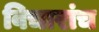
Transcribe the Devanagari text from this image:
विचारांच